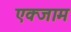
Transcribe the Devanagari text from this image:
एक्जाम